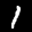
Digit: 1